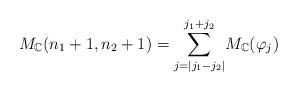
LaTeX: \begin{align*}M_{\mathbb{C}}(n_{1}+1,n_{2}+1)={\displaystyle\sum\limits_{j=|j_{1}-j_{2}|}^{j_{1}+j_{2}}}M_{\mathbb{C}}(\varphi_{j})\end{align*}